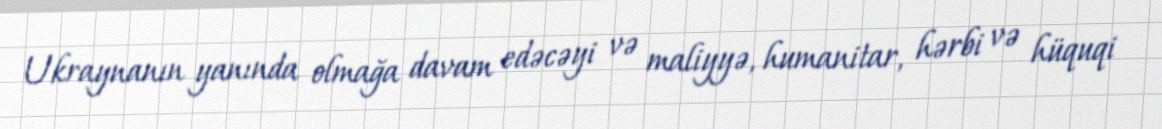
Ukraynanın yanında olmağa davam edəcəyi və maliyyə, humanitar, hərbi və hüquqi